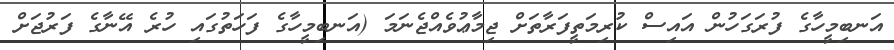
އަނބިމީހާގެ ފުރަގަހުން އައިސް ކުރިމަތީފަރާތަށް ޖިމާޢުވެއްޖެނަމަ (އަނބިމީހާގެ ފަހަތުގައި ހުރެ އޭނާގެ ފަރުޖަށް